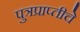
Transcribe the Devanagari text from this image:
पुत्रप्राप्‍तीचे